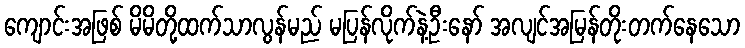
ကျောင်းအဖြစ် မိမိတို့ထက်သာလွန်မည် မပြန်လိုက်နဲ့ဦးနော် အလျင်အမြန်တိုးတက်နေသော